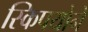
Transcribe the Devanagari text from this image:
स्किपयोने